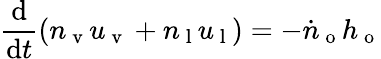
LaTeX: \frac{\mathrm{d}}{\mathrm{d}t}(n_{\mathrm{~v~}}u_{\mathrm{~v~}}+n_{\mathrm{~l~}}u_{\mathrm{~l~}})=-\dot{n}_{\mathrm{~o~}}h_{\mathrm{~o~}}